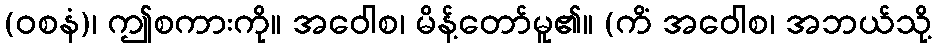
(ဝစနံ)၊ ဤစကားကို။ အဝေါစ၊ မိန့်တော်မူ၏။ (ကိံ အဝေါစ၊ အဘယ်သို့